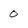
Character: 0